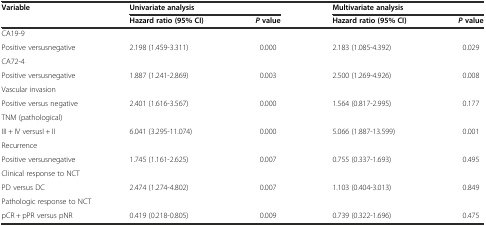
| <ROWSPAN=2> Variable | <COLSPAN=2> Univariate analysis | <COLSPAN=2> Multivariate analysis |
 | Hazard ratio (95% CI) | Pvalue | Hazard ratio (95% CI) | Pvalue |
 | --- | --- | --- | --- | --- |
 | <COLSPAN=5> CA19-9 |
 | Positive versusnegative | 2.198 (1.459-3.311) | 0.000 | 2.183 (1.085-4.392) | 0.029 |
 | <COLSPAN=5> CA72-4 |
 | Positive versusnegative | 1.887 (1.241-2.869) | 0.003 | 2.500 (1.269-4.926) | 0.008 |
 | <COLSPAN=5> Vascular invasion |
 | Positive versus negative | 2.401 (1.616-3.567) | 0.000 | 1.564 (0.817-2.995) | 0.177 |
 | <COLSPAN=5> TNM (pathological) |
 | III + IV versusI + II | 6.041 (3.295-11.074) | 0.000 | 5.066 (1.887-13.599) | 0.001 |
 | <COLSPAN=5> Recurrence |
 | Positive versusnegative | 1.745 (1.161-2.625) | 0.007 | 0.755 (0.337-1.693) | 0.495 |
 | <COLSPAN=5> Clinical response to NCT |
 | PD versus DC | 2.474 (1.274-4.802) | 0.007 | 1.103 (0.404-3.013) | 0.849 |
 | <COLSPAN=5> Pathologic response to NCT |
 | pCR + pPR versus pNR | 0.419 (0.218-0.805) | 0.009 | 0.739 (0.322-1.696) | 0.475 |